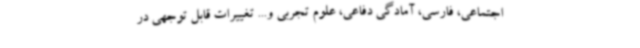
اجتماعی، فارسی، آمادگی دفاعی، علوم تجربی و... تغییرات قابل توجهی در